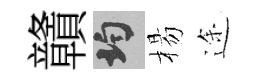
贛均楊途